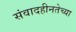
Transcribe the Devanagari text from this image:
संवादहीनतेच्या